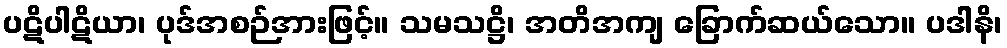
ပဋိပါဋိယာ၊ ပုဒ်အစဉ်အားဖြင့်။ သမသဋ္ဌိ၊ အတိအကျ ခြောက်ဆယ်သော။ ပဒါနိ၊